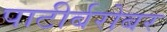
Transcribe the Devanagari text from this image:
पाटीर्बरोबर